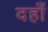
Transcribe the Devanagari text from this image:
दहाँ